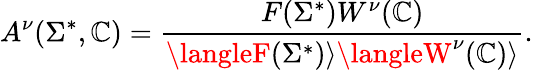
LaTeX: A^{\nu}(\Sigma^{*},\mathbb{C})={\frac{{F(\Sigma^{*})W^{\nu}(\mathbb{C})}}{{\langleF(\Sigma^{*})\rangle\langleW^{\nu}(\mathbb{C})\rangle}}}.